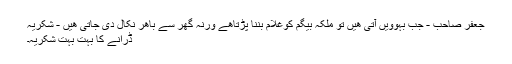
جعفر صاحب - جب بہوویں آتی ھیں تو ملکہ بیگم کوغلام بننا پڑتاھے ورنہ گھر سے باھر نکال دی جاتی ھیں - شُکریہ
ڈرانے کا بہت بہت شکریہ۔